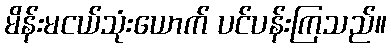
မိန်းမငယ်သုံးယောက် ပင်ပန်းကြသည်။